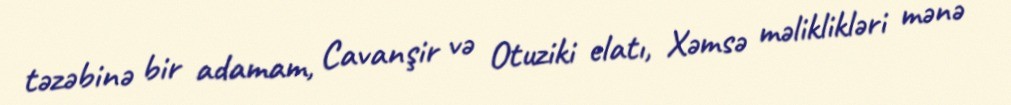
təzəbinə bir adamam, Cavanşir və Otuziki elatı, Xəmsə məliklikləri mənə